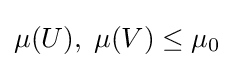
\mu (U),\;\mu (V)\leq \mu _{0}